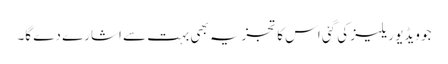
جو ویڈیو ریلیز کی گئی اس کا تجزیہ بھی بہت سے اشارے دے گا۔